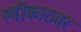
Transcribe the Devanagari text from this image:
स्वीकारावर